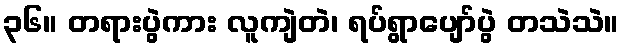
၃၆။ တရားပွဲကား လူကျဲတဲ၊ ရပ်ရွာပျော်ပွဲ တသဲသဲ။